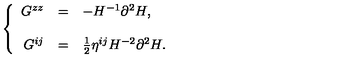
\left\{ \begin{array} { r c l } { G ^ { z z } } & { = } & { - H ^ { - 1 } \partial ^ { 2 } H , } \\ { } & { } & { } \\ { G ^ { i j } } & { = } & { \frac { 1 } { 2 } \eta ^ { i j } H ^ { - 2 } \partial ^ { 2 } H . } \\ \end{array} \right.